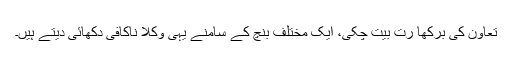
تعاون کی برکھا رُت بیت چکی، ایک مختلف بنچ کے سامنے یہی وکلا ناکافی دکھائی دیتے ہیں۔